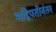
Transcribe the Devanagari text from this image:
महिपतीनंतर